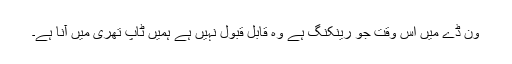
ون ڈے میں اس وقت جو رینکنگ ہے وہ قابل قبول نہیں ہے ہمیں ٹاپ تھری میں آنا ہے۔